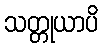
သတ္တုယာပိ